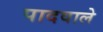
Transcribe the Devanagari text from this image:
पादवाले